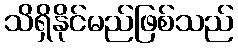
သိရှိနိုင်မည်ဖြစ်သည်